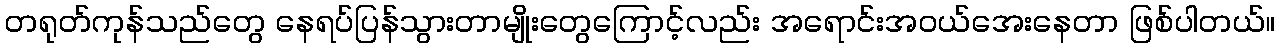
တရုတ်ကုန်သည်တွေ နေရပ်ပြန်သွားတာမျိုးတွေကြောင့်လည်း အရောင်းအဝယ်အေးနေတာ ဖြစ်ပါတယ်။